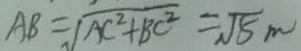
A B = \sqrt { A C ^ { 2 } + B C ^ { 2 } } = \sqrt { 5 } m